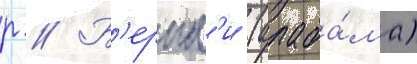
р // Б'ернл'и (алаба́ма)